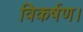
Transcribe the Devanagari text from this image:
विकर्षण।